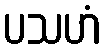
ပသဟံ